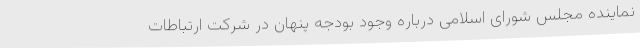
نماینده مجلس شورای اسلامی درباره وجود بودجه پنهان در شرکت ارتباطات